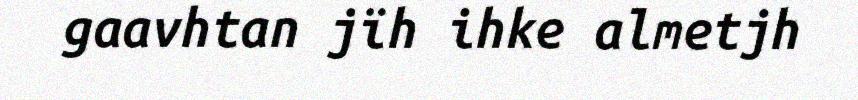
gaavhtan jïh ihke almetjh